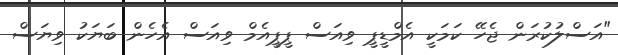
"އަސްލުކުރަން ޖެހޭ ކަމަކީ އެމްޑީޕީ ވިއަސް ޕީޕީއެމް ވިއަސް އެހެން ބަޔަކު ވިޔަސް